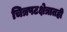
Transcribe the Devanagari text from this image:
चित्रपटक्षेत्रातही